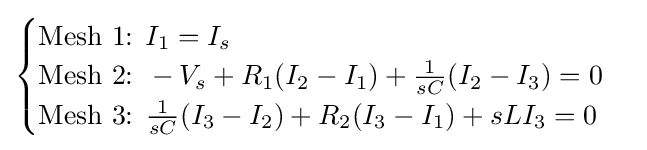
{\begin{cases}{\text{Mesh 1: }}I_{1}=I_{s}\\{\text{Mesh 2: }}-V_{s}+R_{1}(I_{2}-I_{1})+{\frac {1}{sC}}(I_{2}-I_{3})=0\\{\text{Mesh 3: }}{\frac {1}{sC}}(I_{3}-I_{2})+R_{2}(I_{3}-I_{1})+sLI_{3}=0\\\end{cases}}